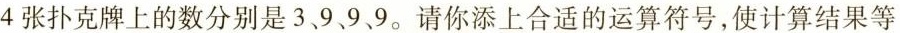
4张扑克牌上的数分别是3、9、9、9.请你添上合适的运算符号，使计算结果等